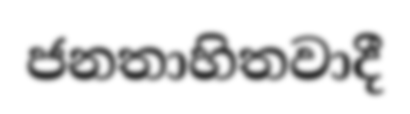
ජනතාහිතවාදී